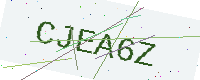
Text: CJEA6Z